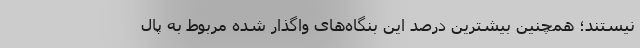
نیستند؛ همچنین بیشترین درصد این بنگاه‌های واگذار شده مربوط به پال